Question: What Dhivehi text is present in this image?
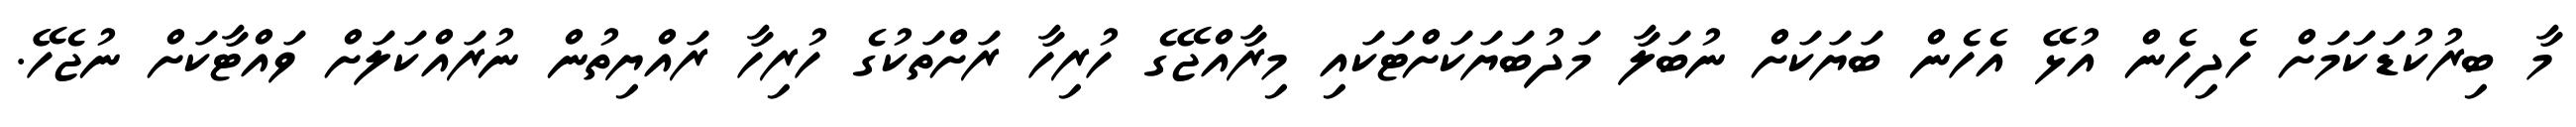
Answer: މާ ބިރުކުޑަކަމަށް ހެދިހެން އުޅޭ އެހެން ބަޔަކަށް ނުބަލާ މަދުބަޔަކަށްޓަކައި މިރާއްޖޭގެ ހުރިހާ ރަށްތަކުގެ ހުރިހާ ރައްޔިތުން ނުރައްކަލަށް ވައްޓާކަށް ނުޖެހޭ.